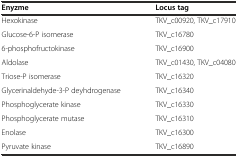
<table><thead><tr><td><b>Enyzme</b></td><td><b>Locus tag</b></td></tr></thead><tbody><tr><td>Hexokinase</td><td>TKV_c00920, TKV_c17910</td></tr><tr><td>Glucose-6-P isomerase</td><td>TKV_c16780</td></tr><tr><td>6-phosphofructokinase</td><td>TKV_c16900</td></tr><tr><td>Aldolase</td><td>TKV_c01430, TKV_c04080</td></tr><tr><td>Triose-P isomerase</td><td>TKV_c16320</td></tr><tr><td>Glycerinaldehyde-3-P deyhdrogenase</td><td>TKV_c16340</td></tr><tr><td>Phosphoglycerate kinase</td><td>TKV_c16330</td></tr><tr><td>Phosphoglycerate mutase</td><td>TKV_c16310</td></tr><tr><td>Enolase</td><td>TKV_c16300</td></tr><tr><td>Pyruvate kinase</td><td>TKV_c16890</td></tr></tbody></table>